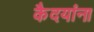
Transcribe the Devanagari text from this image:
कैदयांना